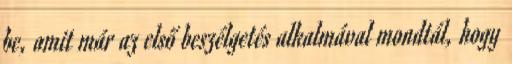
be, amit már az első beszélgetés alkalmával mondtál, hogy